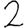
Digit: 2